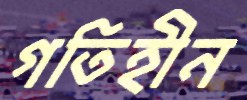
গতিহীন